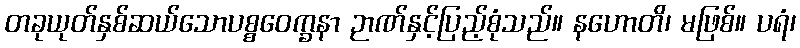
တခုယုတ်နှစ်ဆယ်သောပစ္စဝေက္ခနာ ဉာဏ်နှင့်ပြည့်စုံသည်။ နဟောတိ၊ မဖြစ်။ ပရံ၊